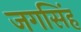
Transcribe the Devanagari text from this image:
जगसिंह